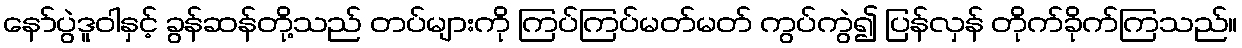
နော်ပွဲဒူဝါနှင့် ခွန်ဆန်တို့သည် တပ်များကို ကြပ်ကြပ်မတ်မတ် ကွပ်ကွဲ၍ ပြန်လှန် တိုက်ခိုက်ကြသည်။